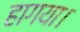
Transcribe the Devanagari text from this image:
हागया।